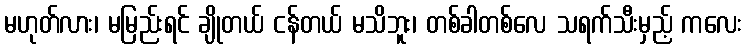
မဟုတ်လား၊ မမြည်းရင် ချိုတယ် ငန်တယ် မသိဘူး၊ တစ်ခါတစ်လေ သရက်သီးမှည့် ကလေး